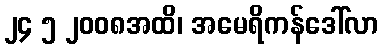
၂၄ ၅ ၂၀၀၈အထိ၊ အမေရိကန်ဒေါ်လာ